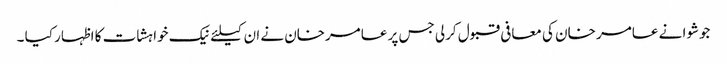
جوشوا نے عامر خان کی معافی قبول کرلی جس پر عامرخان نے ان کیلئے نیک خواہشات کا اظہار کیا ۔